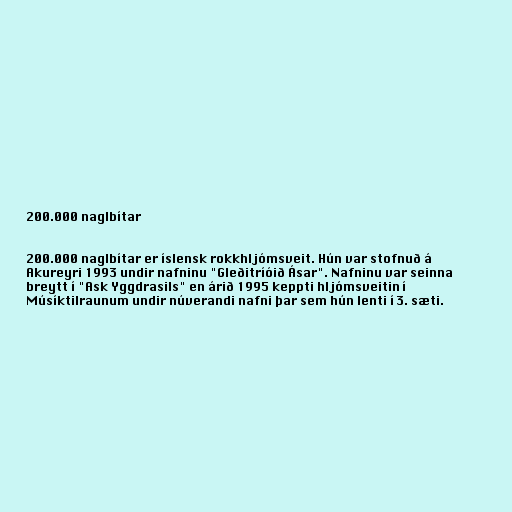
200.000 naglbítar

200.000 naglbítar er íslensk rokkhljómsveit. Hún var stofnuð á
Akureyri 1993 undir nafninu "Gleðitríóið Ásar". Nafninu var seinna
breytt í "Ask Yggdrasils" en árið 1995 keppti hljómsveitin í
Músíktilraunum undir núverandi nafni þar sem hún lenti í 3. sæti.